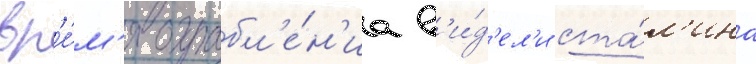
вр'е́м'я ограбл'е́н'иа в'и́д'ел'и ста́л'ина